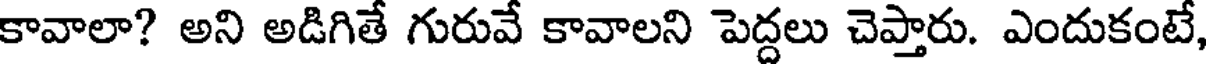
కావాలా? అని అడిగితే గురువే కావాలని పెద్దలు చెప్తారు. ఎందుకంటే,